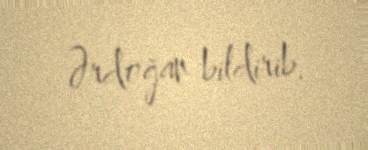
Ərdoğan bildirib.